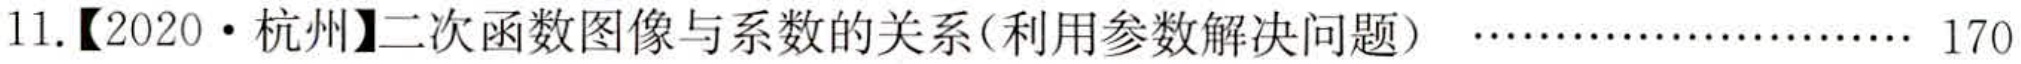
11.【2020·杭州】二次函数图像与系数的关系(利用参数解决问题) ……………………… 170